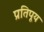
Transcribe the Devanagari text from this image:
प्रतिपूय